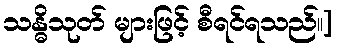
သန္ဓိသုတ် များဖြင့် စီရင်ရသည်။]